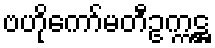
ဗဟိုကော်မတီဥက္ကဋ္ဌ